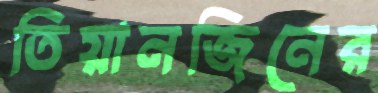
তিয়ানজিনের